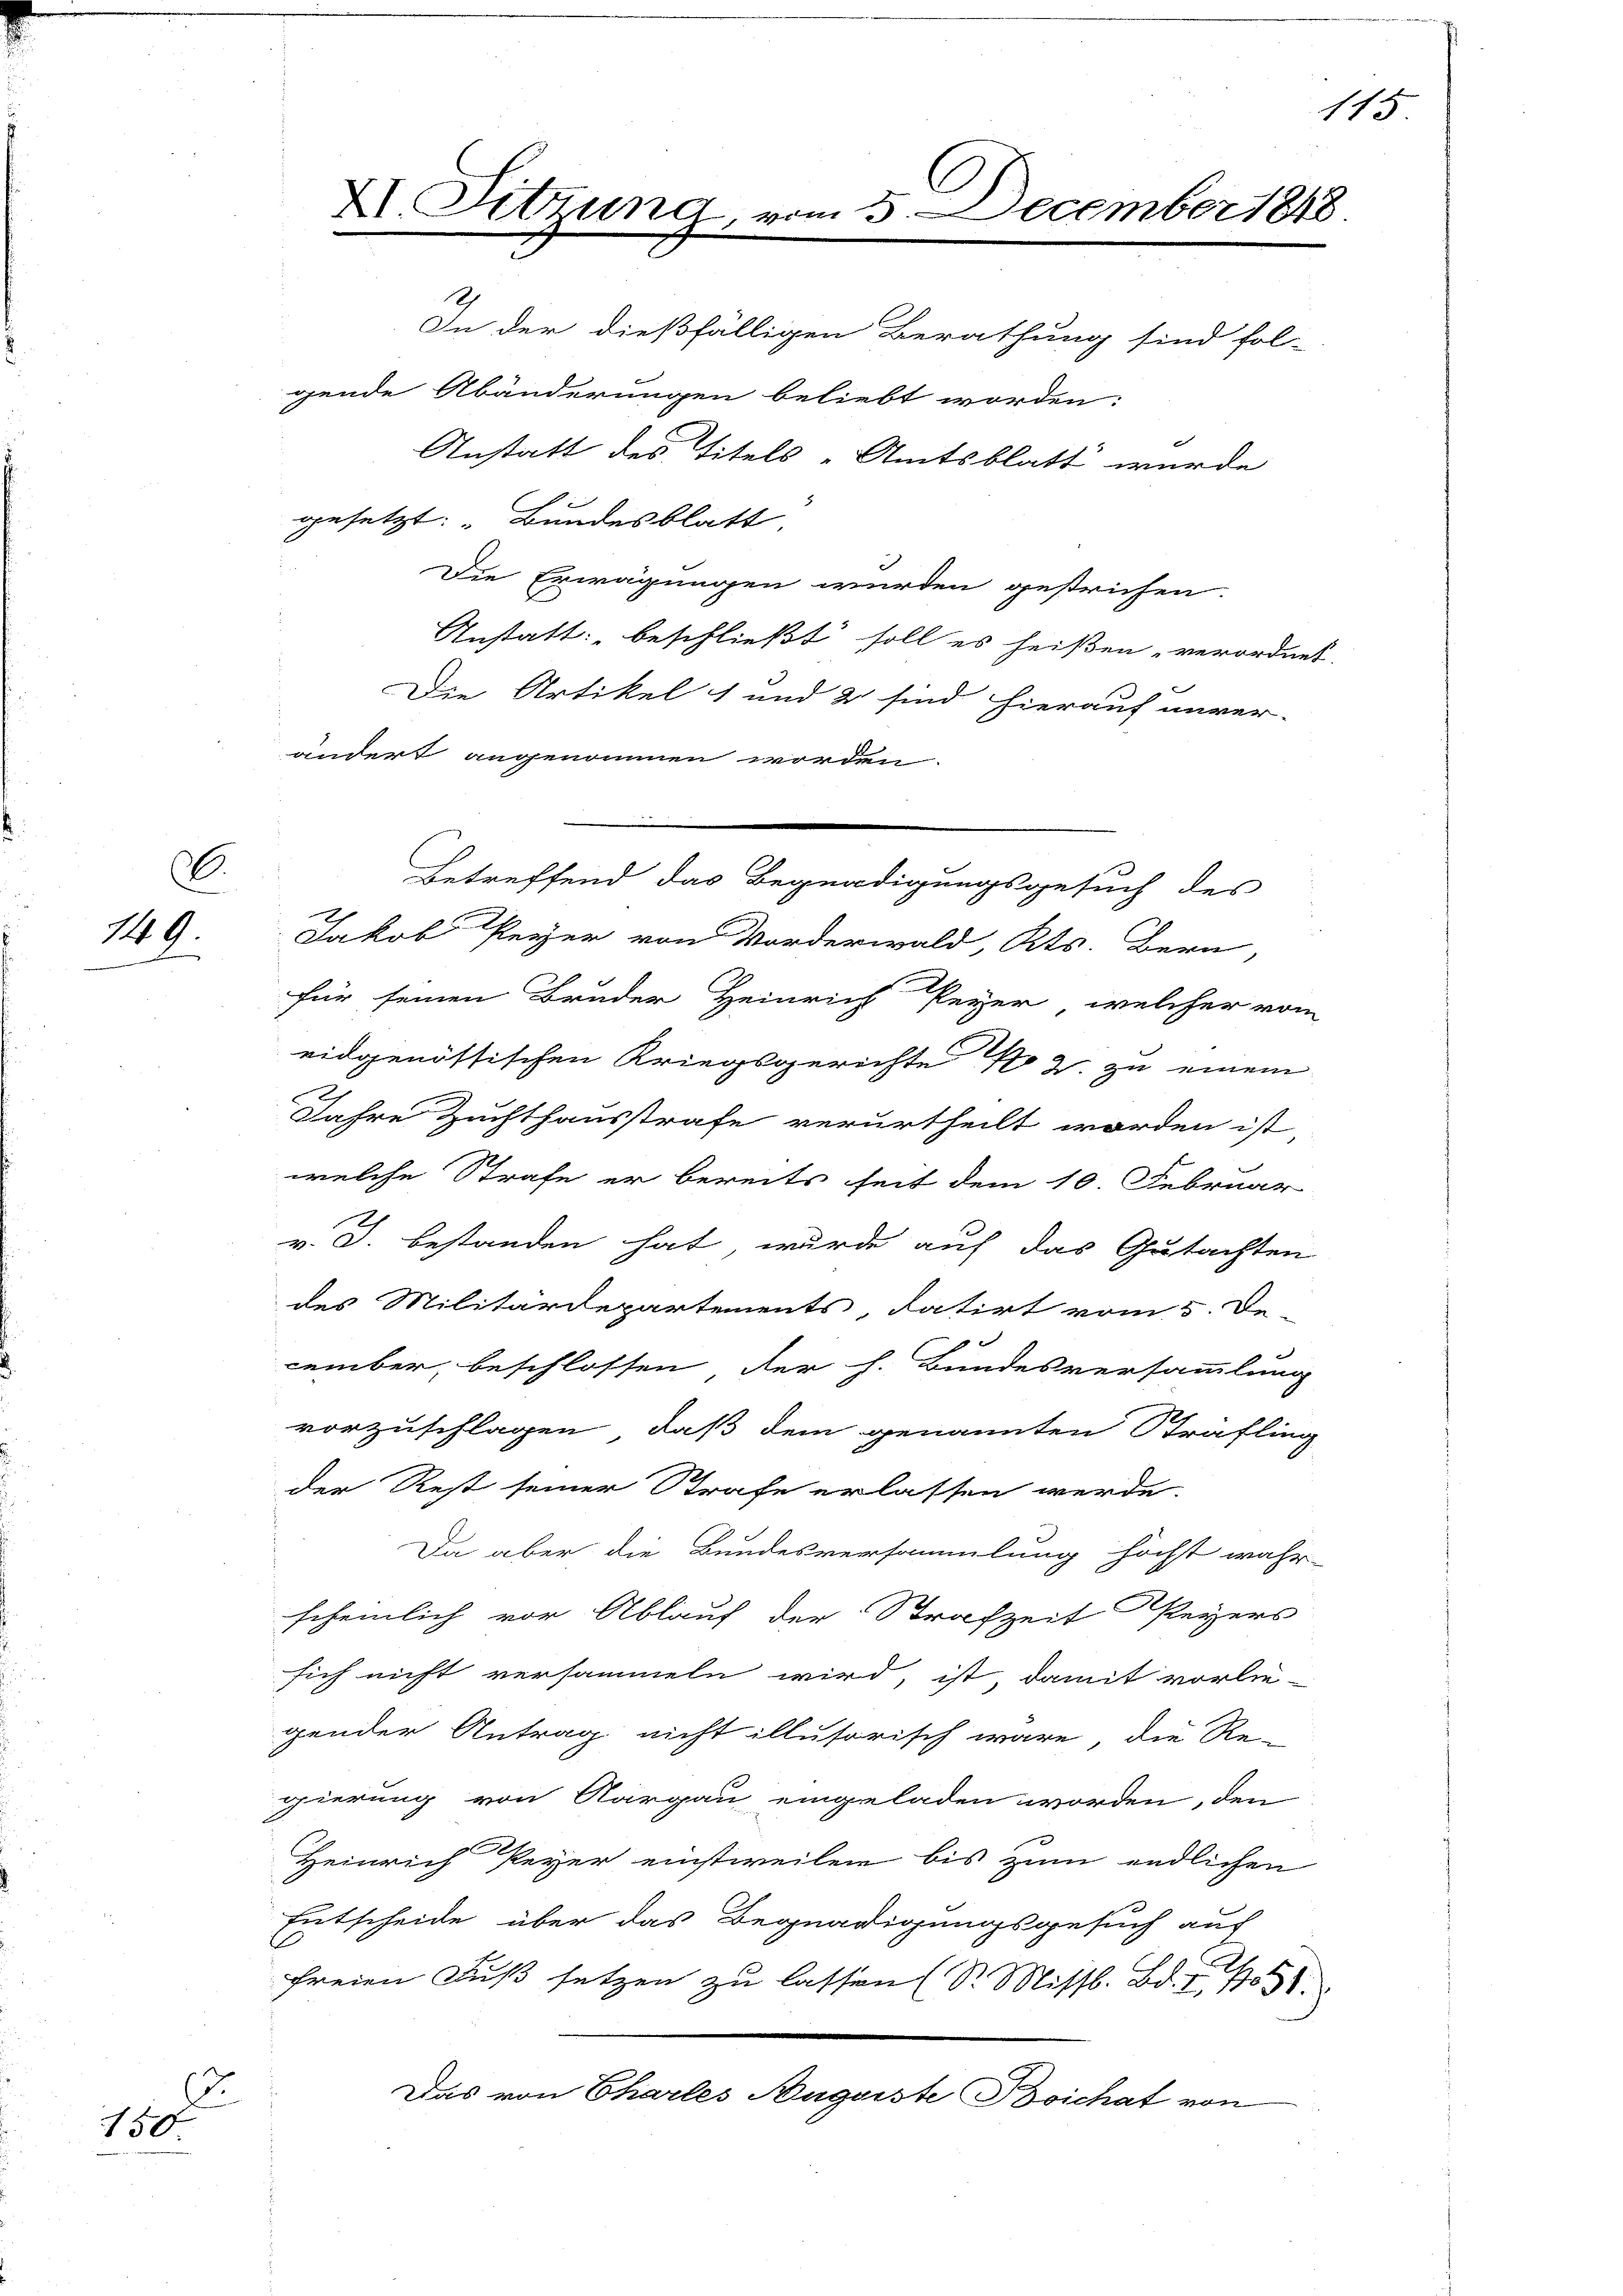
E.
149.

150

gesetzt: Bundesblatt.
Die Erwägungen wurden gestrichen.
Anstatt: beschließt soll es heißen, verordnet.
Die Artikel 1 und 2 sind hierauf unver-
ändert angenommen worden.
Jakob Peyer von Morderwald, Kts. Bern
für seinen Bruder Heinrich Peyer, welcher vom
eidgenössischen Kriegsgerichte No 2. zu einem
Jahre Zuchthausstrafe verurtheilt worden ist
welche Strafe er bereits seit dem 10. Februar
v. J. bestanden hat wurde auf das Gutachten
des Militärdepartements, datirt vom 5. De-
cember, beschlossen der h. Bundesversammlung
vorzuschlagen, daß dem genannten Strafling
der Rest seiner Strafe erlassen werde.
Da aber die Bundesversammlung höchst wahr
scheinlich vor Ablauf der Strafzeit Peyers
sich nicht versammeln wird, ist, damit vorlie-
gender Antrag nicht illusorisch wäre, die Re-
gierung von Aargau eingeladen worden, den
Heinrich Peyer einstweilen bis zum endlichen
Entscheide über das Begnadigungsgesuch auf
freien Fuß setzen zu lassen (S. Missl. Bd. I, 1051.
Das von Chartes Auguste Boichat von

XI. Sitzung

5 December 1848

In der dießfälligen Berathung sind fol-
gende Abänderungen beliebt worden:
Anstatt des Titels-Amtsblatt wurde

Betreffend das Begnadigungsgesuch des

115